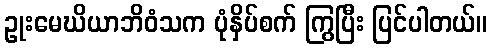
ဥုးမေဃိယာဘိဝံသက ပုံနှိပ်စက် ကြွပြီး ပြင်ပါတယ်။